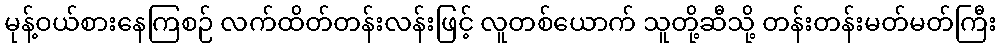
မုန့်ဝယ်စားနေကြစဉ် လက်ထိတ်တန်းလန်းဖြင့် လူတစ်ယောက် သူတို့ဆီသို့ တန်းတန်းမတ်မတ်ကြီး